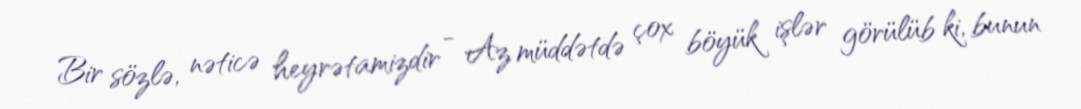
Bir sözlə, nəticə heyrətamizdir - Az müddətdə çox böyük işlər görülüb ki, bunun